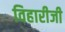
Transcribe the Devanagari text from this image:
विहारीजी